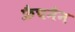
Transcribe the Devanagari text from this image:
फ्रैचमैन